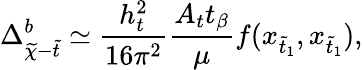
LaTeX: \Delta_{\widetilde{\chi}-\widetilde{t}}^{b}\simeq\frac{h_{t}^{2}}{16\pi^{2}}\frac{A_{t}t_{\beta}}{\mu}f(x_{\widetilde{t}_{1}},x_{\widetilde{t}_{1}}),